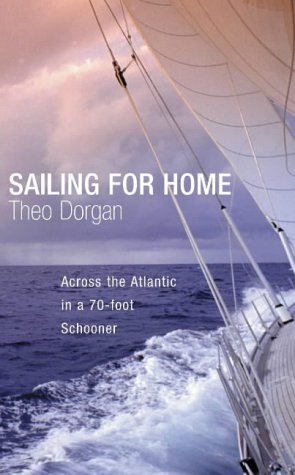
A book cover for Sailing for Home: A Voyage from Antigua to Kinsale; Theo Dorgan; Travel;